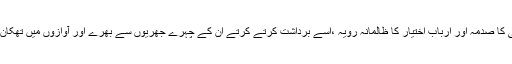
بچوں کی جدائی کا صدمہ اور اربابِ اختیار کا ظالمانہ رویہ ،اسے برداشت کرتے کرتے ان کے چہرے جھریوں سے بھرے اور آوازوں میں تھکان بھر گئی ہے ۔